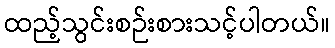
ထည့်သွင်းစဉ်းစားသင့်ပါတယ်။